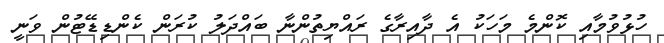
ހުޅުވުމާއި ކޮންމެ މަހަކު އެ ދާއިރާގެ ރައްޔިތުންނާ ބައްދަލު ކުރަން ކެންޑިޑޭޓުން ވަނީ